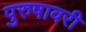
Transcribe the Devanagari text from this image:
पुरुषावरी